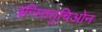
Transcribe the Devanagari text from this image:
इन्स्तितुचिओन